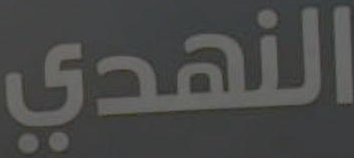
النهدي